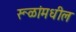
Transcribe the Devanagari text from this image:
रूळांमधील